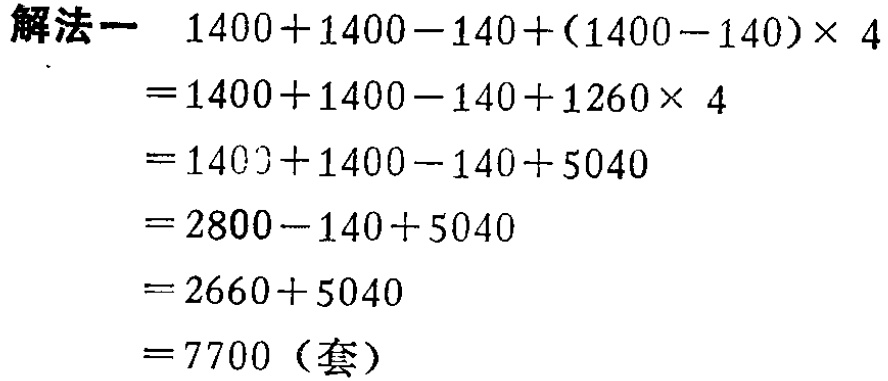
\[
\begin{align*}
&1400 + 1400 - 140+(1400 - 140)\times4\\
=&1400 + 1400 - 140+1260\times4\\
=&1400 + 1400 - 140+5040\\
=&2800 - 140+5040\\
=&2660 + 5040\\
=&7700 \text{（套）}
\end{align*}
\]